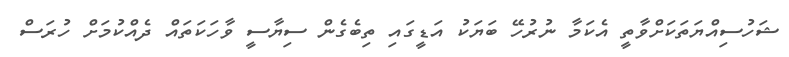
ޝަހުސިއްޔަތަކަށްވާތީ އެކަމާ ނުރުހޭ ބަޔަކު އަޑީގައި ތިބެގެން ސިޔާސީ ވާހަކަތައް ދެއްކުމަށް ހުރަސް